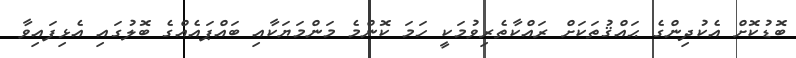
ބޮޑުކޮށް އެކުދިންގެ ޙައްޤުތަކަށް ރައްކާތެރިވުމަކީ ހަމަ ކޮންމެ މަންމަޔަކާއި ބައްޕައެއްގެ ބޮލުގައި އެޅިފައިވާ